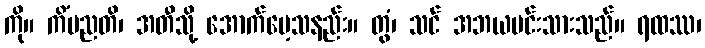
ကို။ ကိံမညတိ၊ အတီသို့ အောက်မေ့သနည်း။ တွံ၊ သင် အဘယမင်းသားသည်။ ရထဿ၊